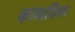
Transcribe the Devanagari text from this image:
काव्यशिल्प